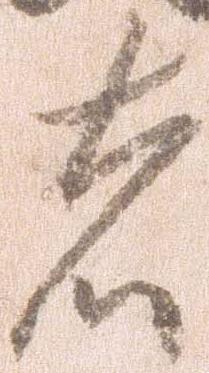
者